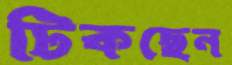
টিকছেন